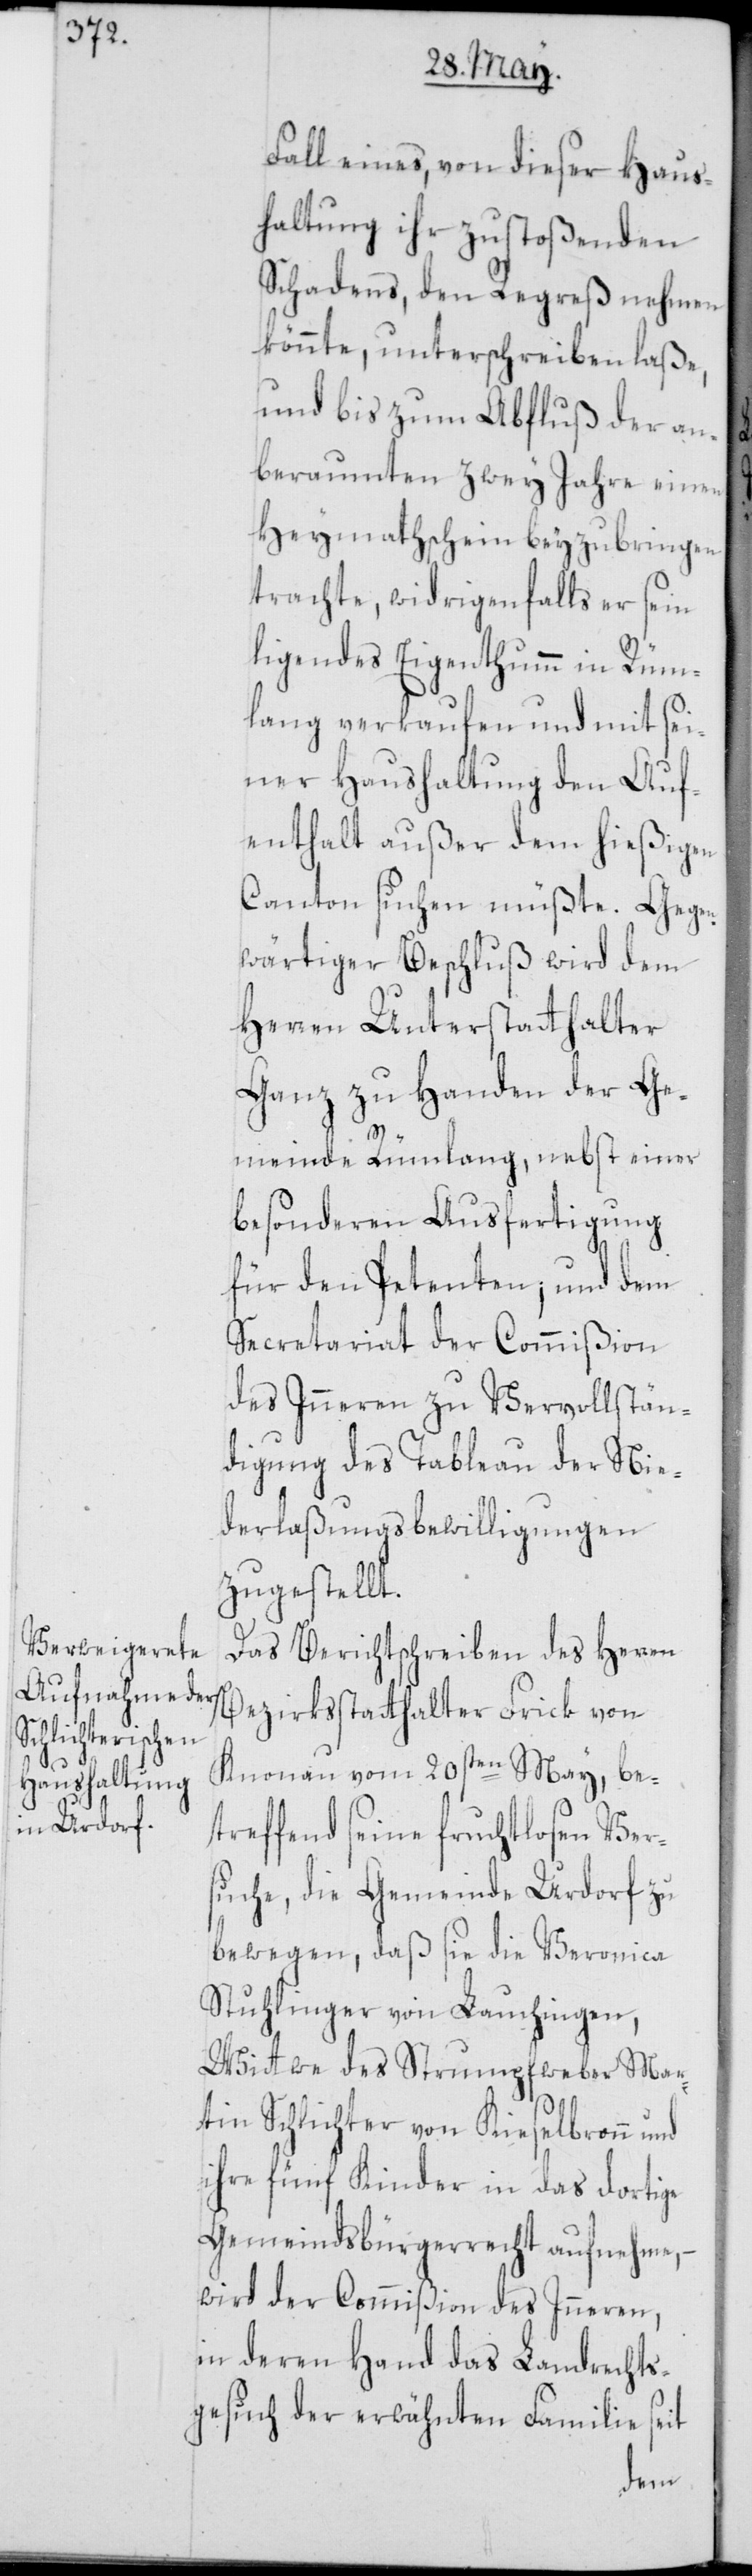
Fall eines, von dieser Haus¬
haltung ihr zustoßenden
Schadens, den Regreß nehmen
könnte, unterschreiben laße,
und bis zum Abfluß der an¬
beraumten zwey Jahre einen
Heymathschein beyzubringen
trachte, widrigenfalls er sein
ligendes Eigenthumm in Rüm¬
lang verkaufen und mit sei¬
ner Haushaltung den Auf¬
enthalt außer dem hießigen
Canton suchen müßte. Gegen¬
wärtiger Beschluß wird dem
Herren Unterstatthalter
Ganz zu Handen der Ge¬
meinde Rümlang, nebst einer
besonderen Ausfertigung
für den Petenten; und dem
Secretariat der Commißion
des Inneren zu Vervollstän¬
digung des Tableau der Nie¬
derlaßungsbewilligungen
zugestellt.
Das Berichtschreiben des Herren
Bezirksstatthalter Frick von
Knonau vom 20sten May, be¬
treffend seine fruchtlosen Ver¬
suche, die Gemeinde Urdorf zu
bewegen, daß sie die Veronica
Stuhlinger von Lauchingen,
Wittwe des Strumpfweber Mar¬
tin Schlichter von Kieselbronn und
ihre fünf Kinder in das dortige
Gemeindsbürgerrecht aufnehme, –
wird der Commißion des Inneren,
in deren Hand das Landrechts¬
gesuch der erwähnten Familie seit